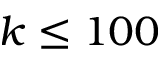
k \le 1 0 0